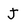
Character: J